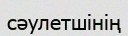
сәулетшінің